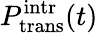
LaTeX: P_{\mathrm{trans}}^{\mathrm{intr}}(t)